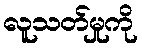
လူသတ်မှုကို